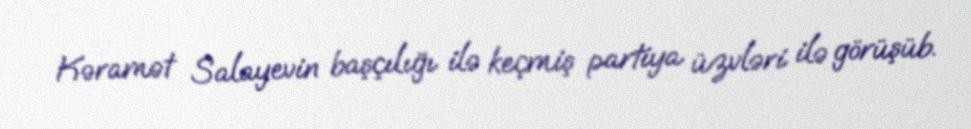
Kəramət Salayevin başçılığı ilə keçmiş partiya üzvləri ilə görüşüb.